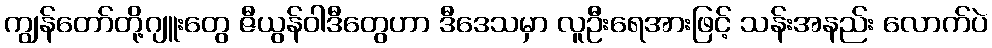
ကျွန်တော်တို့ဂျူးတွေ ဇီယွန်ဝါဒီတွေဟာ ဒီဒေသမှာ လူဦးရေအားဖြင့် သန်းအနည်း လောက်ပဲ